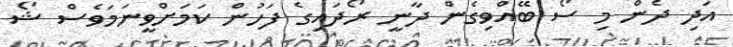
އަދި ދެން މި ސޯ ބޭއްވިގެން ދާނީ ރޯދައިގެ ފަހުން ކަމަށްވީނަމަވެސް ޝޯ